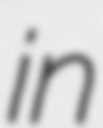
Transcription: in